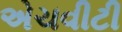
એચવીટી